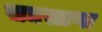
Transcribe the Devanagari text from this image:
सद्यस्तप्त